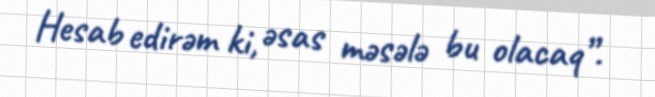
Hesab edirəm ki, əsas məsələ bu olacaq”.